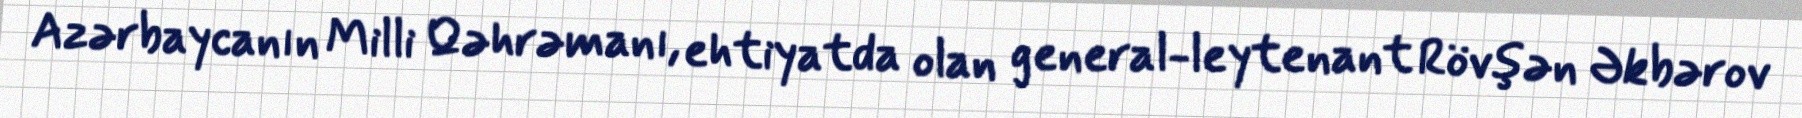
Azərbaycanın Milli Qəhrəmanı, ehtiyatda olan general-leytenant Rövşən Əkbərov